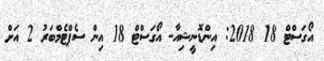
އޯގަސްޓް 18 2018: އިންޑޮނީޝިއާ- އޯގަސްޓް 18 އިން ސެޕްޓެމްބަރު 2 އަށް